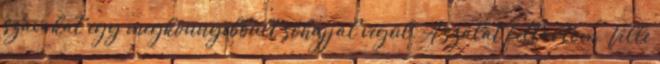
szavakat egy megkönnyebbült sóhajjal végül. A szálat feltartom, Ville